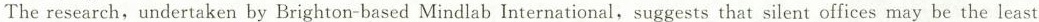
Theresearch,undertaken by Brighton-based Mindlab International,suggests that silent offices may be the least